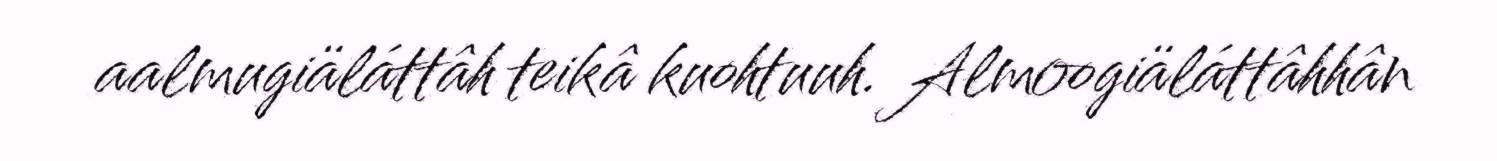
aalmugiäláttâh teikâ kuohtuuh. Almoogiäláttâhhân